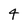
Character: 4